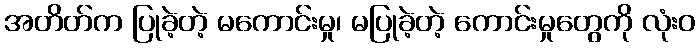
အတိတ်က ပြုခဲ့တဲ့ မကောင်းမှု၊ မပြုခဲ့တဲ့ ကောင်းမှုတွေကို လုံးဝ